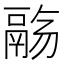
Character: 𱆌